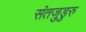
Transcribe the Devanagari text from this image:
संतजुडुरु